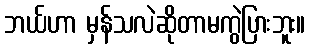
ဘယ်ဟာ မှန်သလဲဆိုတာမကွဲပြားဘူး။